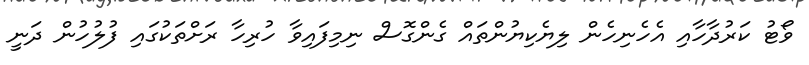
ވޯޓު ކަރުދާހާއި އެހެނިހެން ލިޔެކިޔުންތައް ގެންގޮސް ނިމިފައިވާ ހުރިހާ ރަށްތަކުގައި ފުލުހުން ދަނީ